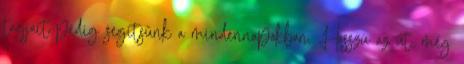
tagjait pedig segítsünk a mindennapokban. Hosszú az út, még